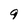
Character: 9